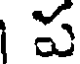
ప